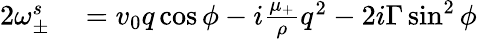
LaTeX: \begin{array}{rl}{2\omega_{\pm}^{s}}&{{}=v_{0}q\cos\phi-i\frac{\mu_{+}}{\rho}q^{2}-2i\Gamma\sin^{2}\phi}\end{array}